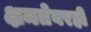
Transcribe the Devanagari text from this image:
क्षमतेवरही